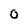
Character: 0